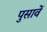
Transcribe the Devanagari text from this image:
पुसावें